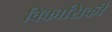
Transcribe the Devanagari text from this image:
विकासिकी